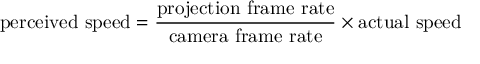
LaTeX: \mathrm { p e r c e i v e d \ s p e e d } = { \frac { \mathrm { p r o j e c t i o n \ f r a m e \ r a t e } } { \mathrm { c a m e r a \ f r a m e \ r a t e } } } \times \mathrm { a c t u a l \ s p e e d }